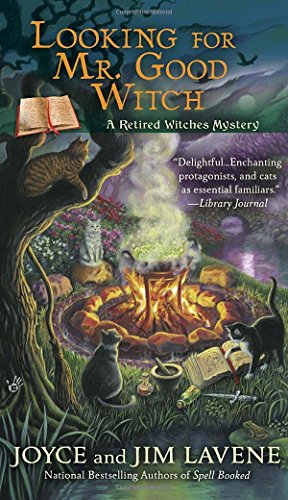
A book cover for Looking for Mr. Good Witch (Retired Witches Mysteries); Joyce and Jim Lavene; Mystery, Thriller & Suspense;